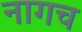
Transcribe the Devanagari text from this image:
नागच